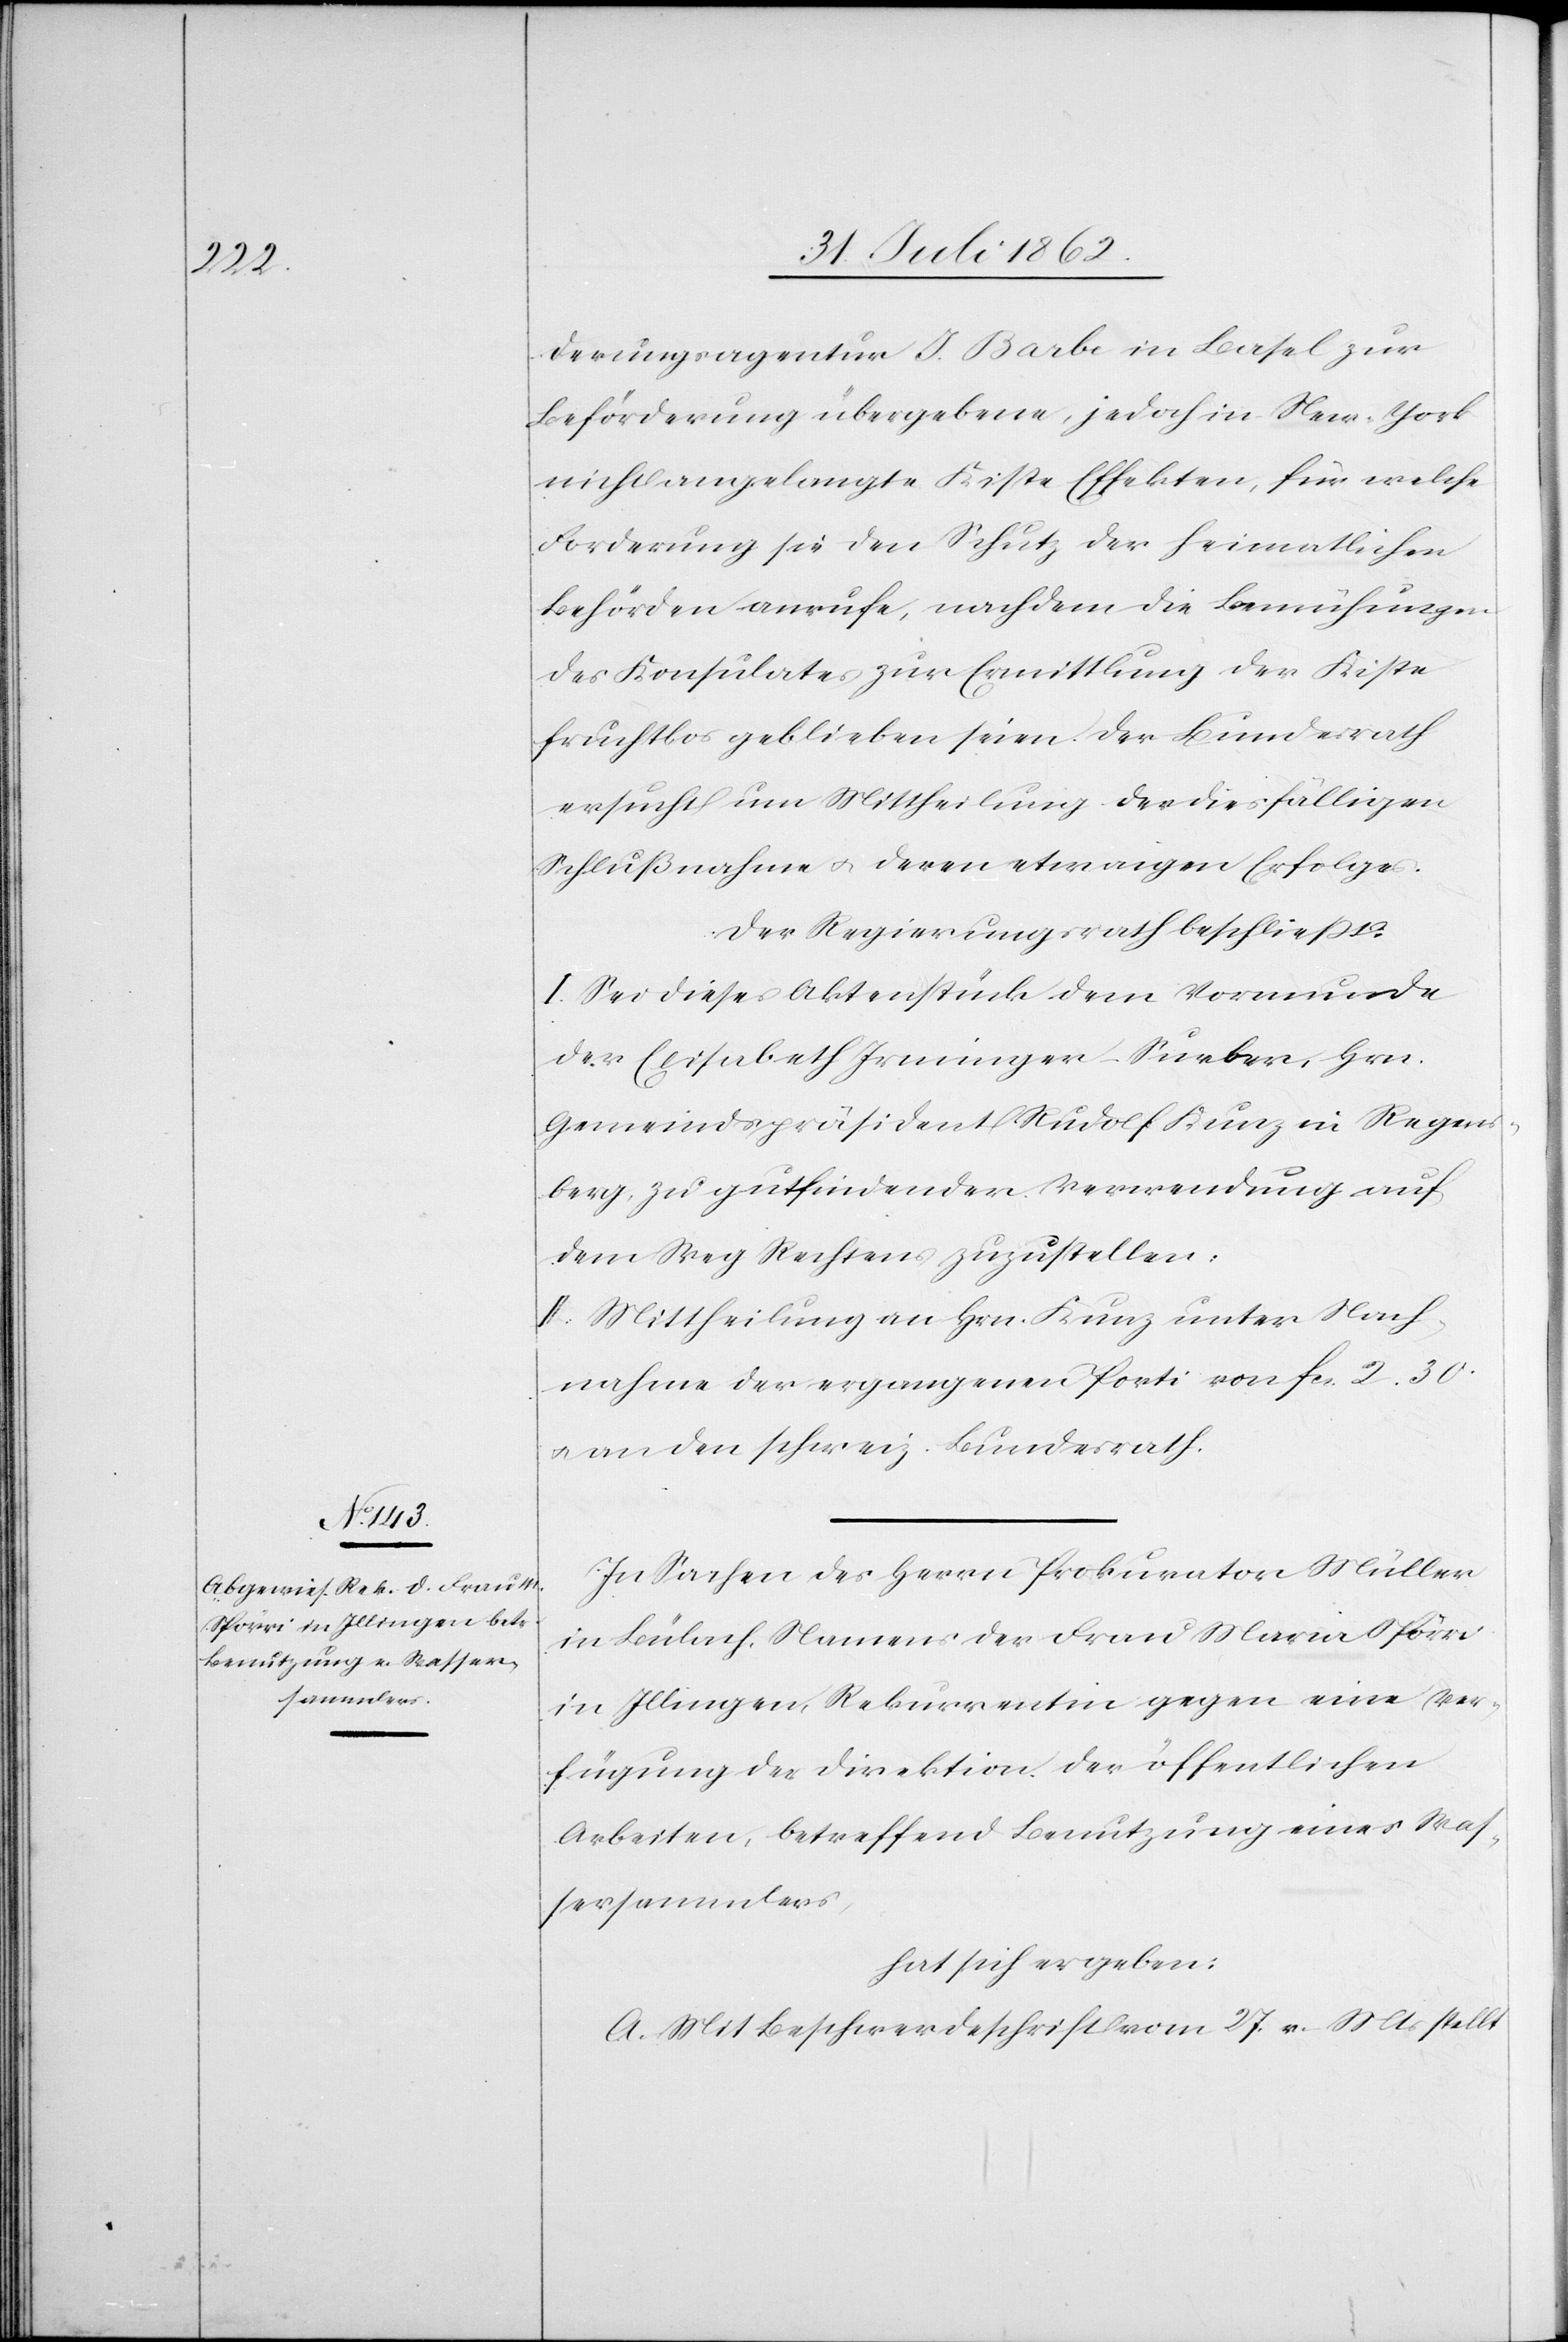
derungsagentur J. Barbe in Basel zur
Beförderung übergebene, jedoch in New-York
nicht angelangte Kiste Effekten, für welche
Forderung sie den Schutz der heimatlichen
Behörden anrufe, nachdem die Bemühungen
des Konsulates zur Ermittlung der Kiste
fruchtlos geblieben seien. Der Bundesrath
ersucht um Mittheilung der diesfälligen
Schlußnahme u. deren etwaigen Erfolges.
Der Regierungsrath beschließt:
I. Sei dieses Aktenstück dem Vormunde
der Elisabeth Irminger-Surber, Hrn.
Gemeindspräsident Rudolf Kunz in Regens¬
berg zu gutfindender Verwendung auf
dem Weg Rechtens zuzustellen.
II. Mittheilung an Hrn. Kunz unter Nach¬
nahme der ergangenen Porti von fcs. 2. 30
u. an den schweiz. Bundesrath.
In Sachen des Herrn Prokurator Müller
in Bülach, Namens der Frau Maria Spörri
in Illingen, Rekurrentin gegen eine Ver¬
fügung der Direktion der öffentlichen
Arbeiten, betreffend Benutzung eines Was¬
sersammlers,
hat sich ergeben:
A. Mit Beschwerdeschrift vom 27. v. Mts. stellt